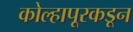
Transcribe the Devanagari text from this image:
कोल्हापूरकडून